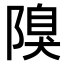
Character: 𨻬